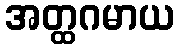
အတ္ထဂမာယ